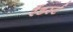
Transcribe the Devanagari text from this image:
रैंडर्स्ट